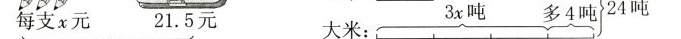
每支x元 21.5 大米 3x吨 多4吨 24吨